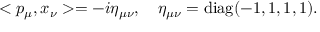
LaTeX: < p _ { \mu } , x _ { \nu } > = - i \eta _ { \mu \nu } , \quad \eta _ { \mu \nu } = \mathrm { d i a g } ( - 1 , 1 , 1 , 1 ) .